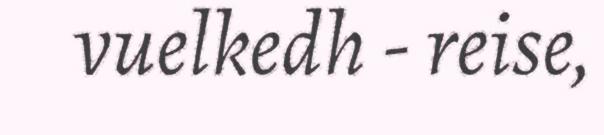
vuelkedh - reise,